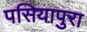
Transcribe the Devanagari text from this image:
पसियापुरा